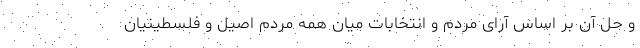
و حل آن بر اساس آرای مردم و انتخابات میان همه مردم اصیل و فلسطینیان